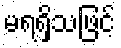
မရရှိသဖြင့်